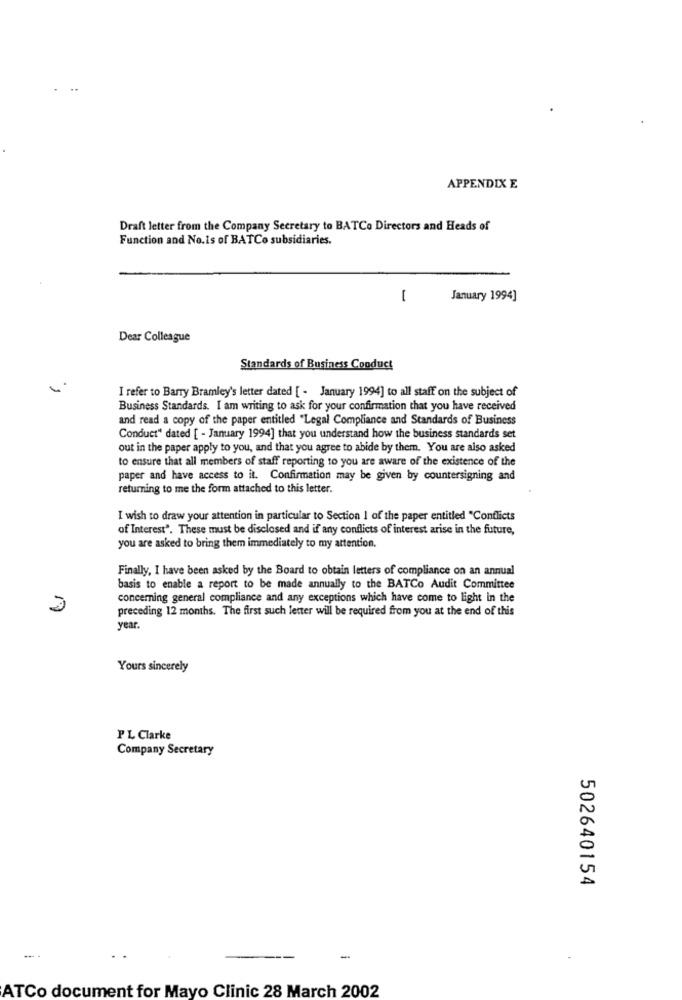
APPENDIX E
Draft letter from the Company Secretary to BATCo Directors and Heads of
Function and No.Is of BATCo subsidiaries.
-
January 1994]
Dear Colleague
Standards of Business Conduct
I refer to Barry Bramley's letter dated [ - January 1994] to all staff on the subject of
Business Standards. I am writing to ask for your confirmation that you have received
and read a copy of the paper entitled "Legal Compliance and Standards of Business
Conduct" dated [ - January 1994] that you understand how the business standards set
out in the paper apply to you, and that you agree to abide by them. You are also asked
to ensure that all members of staff reporting to you are aware of the existence of the
paper and have access to it. Confirmation may be given by countersigning and
returning to me the form attached to this letter.
I wish to draw your attention in particular to Section 1 of the paper entitled "Conflicts
of Interest". These must be disclosed and if any conflicts of interest arise in the future,
you are asked to bring them immediately to my attention.
Finally, I have been asked by the Board to obtain letters of compliance on an annual
basis to enable a report to be made annually to the BATCo Audit Committee
concerning general compliance and any exceptions which have come to light in the
preceding 12 months. The first such letter will be required from you at the end of this
year.
Yours sincerely
PL Clarke
Company Secretary
502640154
-
ATCo document for Mayo Clinic 28 March 2002